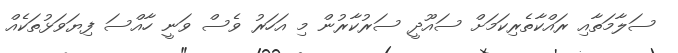
ސަލާމަތާއި ރައްކާތެރިކަމަށް ސައޫދީ ސަރުކާރުން މި އަހަރު ވެސް ވަނީ ހާއްސަ ފިޔަވަޅުތަކެއް